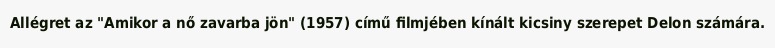
Allégret az "Amikor a nő zavarba jön" (1957) című filmjében kínált kicsiny szerepet Delon számára.